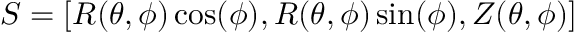
S = [ R ( \theta , \phi ) \cos ( \phi ) , R ( \theta , \phi ) \sin ( \phi ) , Z ( \theta , \phi ) ]